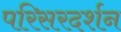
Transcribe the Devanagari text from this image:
परिसरदर्शन